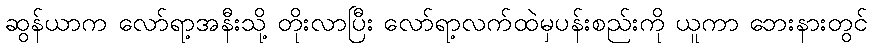
ဆွန်ယာက လော်ရာ့အနီးသို့ တိုးလာပြီး လော်ရာ့လက်ထဲမှပန်းစည်းကို ယူကာ ဘေးနားတွင်